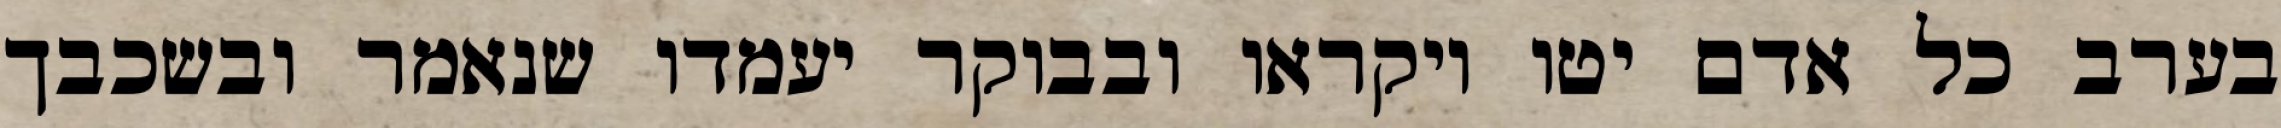
בערב כל אדם יטו ויקראו ובבוקר יעמדו שנאמר ובשכבך